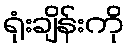
ရုံးချိန်းကို